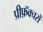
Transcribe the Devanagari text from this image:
प्रीफ़ॅक्चरों